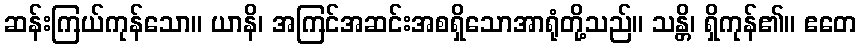
ဆန်းကြယ်ကုန်သော။ ယာနိ၊ အကြင်အဆင်းအစရှိသောအာရုံတို့သည်။ သန္တိ၊ ရှိကုန်၏။ ဧတေ